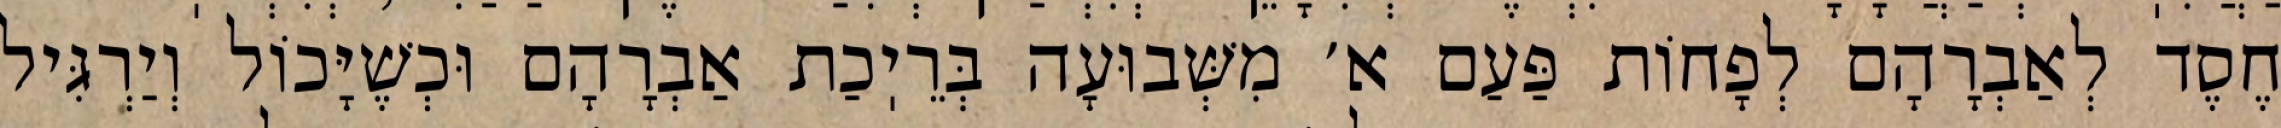
חֶסֶד לְאַבְרָהָם לְפָחוֹת פַּעַם א׳ מִשְּׁבוּעָה בְּרֵיֽכַת אַבְרָהָם וּכְשֶׁיָּכוֹל וְיַרְגִּיל